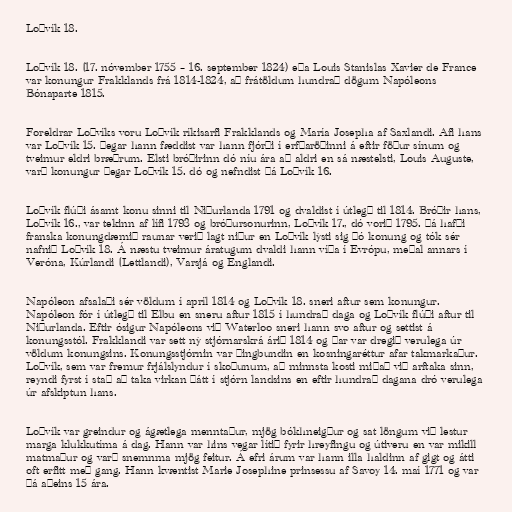
Loðvík 18.

Loðvík 18. (17. nóvember 1755 – 16. september 1824) eða Louis Stanislas Xavier de France
var konungur Frakklands frá 1814-1824, að frátöldum hundrað dögum Napóleons
Bónaparte 1815.

Foreldrar Loðvíks voru Loðvík ríkisarfi Frakklands og María Josepha af Saxlandi. Afi hans
var Loðvík 15. Þegar hann fæddist var hann fjórði í erfðaröðinni á eftir föður sínum og
tveimur eldri bræðrum. Elsti bróðirinn dó níu ára að aldri en sá næstelsti, Louis Auguste,
varð konungur þegar Loðvík 15. dó og nefndist þá Loðvík 16.

Loðvík flúði ásamt konu sinni til Niðurlanda 1791 og dvaldist í útlegð til 1814. Bróðir hans,
Loðvík 16., var tekinn af lífi 1793 og bróðursonurinn, Loðvík 17., dó vorið 1795. Þá hafði
franska konungdæmið raunar verið lagt niður en Loðvík lýsti sig þó konung og tók sér
nafnið Loðvík 18. Á næstu tveimur áratugum dvaldi hann víða í Evrópu, meðal annars í
Veróna, Kúrlandi (Lettlandi), Varsjá og Englandi.

Napóleon afsalaði sér völdum í apríl 1814 og Loðvík 18. sneri aftur sem konungur.
Napóleon fór í útlegð til Elbu en sneru aftur 1815 í hundrað daga og Loðvík flúði aftur til
Niðurlanda. Eftir ósigur Napóleons við Waterloo sneri hann svo aftur og settist á
konungsstól. Frakklandi var sett ný stjórnarskrá árið 1814 og þar var dregið verulega úr
völdum konungsins. Konungsstjórnin var þingbundin en kosningaréttur afar takmarkaður.
Loðvík, sem var fremur frjálslyndur í skoðunum, að minnsta kosti miðað við arftaka sinn,
reyndi fyrst í stað að taka virkan þátt í stjórn landsins en eftir hundrað dagana dró verulega
úr afskiptun hans.

Loðvík var greindur og ágætlega menntaður, mjög bókhneigður og sat löngum við lestur
marga klukkutíma á dag. Hann var hins vegar lítið fyrir hreyfingu og útiveru en var mikill
matmaður og varð snemnma mjög feitur. Á efri árum var hann illa haldinn af gigt og átti
oft erfitt með gang. Hann kvæntist Marie Josephine prinsessu af Savoy 14. maí 1771 og var
þá aðeins 15 ára.